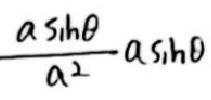
\[\frac{a\sin\theta}{a^{2}}a\sin\theta\]